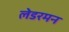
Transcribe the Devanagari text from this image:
लेडरमन